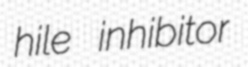
hile inhibitor